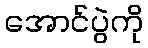
အောင်ပွဲကို